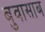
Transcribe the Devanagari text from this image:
बुवासाब